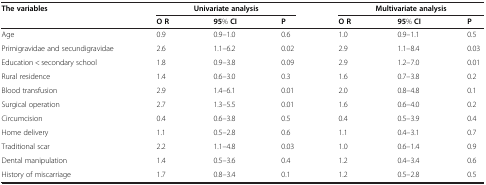
<table><thead><tr><td><b>The variables</b></td><td colspan="3"><b>Univariate analysis</b></td><td colspan="3"><b>Multivariate analysis</b></td></tr><tr><td><b> </b></td><td><b>O R</b></td><td><b>95% CI</b></td><td><b>P</b></td><td><b>O R</b></td><td><b>95% CI</b></td><td><b>P</b></td></tr></thead><tbody><tr><td>Age</td><td>0.9</td><td>0.9–1.0</td><td>0.6</td><td>1.0</td><td>0.9–1.1</td><td>0.5</td></tr><tr><td>Primigravidae and secundigravidae</td><td>2.6</td><td>1.1–6.2</td><td>0.02</td><td>2.9</td><td>1.1–8.4</td><td>0.03</td></tr><tr><td>Education &lt; secondary school</td><td>1.8</td><td>0.9–3.8</td><td>0.09</td><td>2.9</td><td>1.2–7.0</td><td>0.01</td></tr><tr><td>Rural residence</td><td>1.4</td><td>0.6–3.0</td><td>0.3</td><td>1.6</td><td>0.7–3.8</td><td>0.2</td></tr><tr><td>Blood transfusion</td><td>2.9</td><td>1.4–6.1</td><td>0.01</td><td>2.0</td><td>0.8–4.8</td><td>0.1</td></tr><tr><td>Surgical operation</td><td>2.7</td><td>1.3–5.5</td><td>0.01</td><td>1.6</td><td>0.6–4.0</td><td>0.2</td></tr><tr><td>Circumcision</td><td>0.4</td><td>0.6–3.8</td><td>0.5</td><td>0.4</td><td>0.5–3.9</td><td>0.4</td></tr><tr><td>Home delivery</td><td>1.1</td><td>0.5–2.8</td><td>0.6</td><td>1.1</td><td>0.4–3.1</td><td>0.7</td></tr><tr><td>Traditional scar</td><td>2.2</td><td>1.1–4.8</td><td>0.03</td><td>1.0</td><td>0.6–1.4</td><td>0.9</td></tr><tr><td>Dental manipulation</td><td>1.4</td><td>0.5–3.6</td><td>0.4</td><td>1.2</td><td>0.4–3.4</td><td>0.6</td></tr><tr><td>History of miscarriage</td><td>1.7</td><td>0.8–3.4</td><td>0.1</td><td>1.2</td><td>0.5–2.8</td><td>0.5</td></tr></tbody></table>